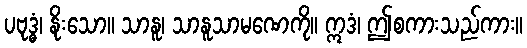
ပဗုဒ္ဓံ၊ နိုးသော။ သာနူ၊ သာနူသာမဏေကို။ ဣဒံ၊ ဤစကားသည်ကား။